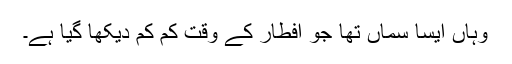
وہاں ایسا سماں تھا جو افطار کے وقت کم کم دیکھا گیا ہے۔